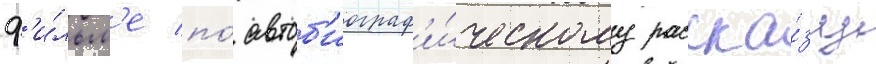
ф'и́льм'е по́ автоб'иограф'и́ческому расска́зу